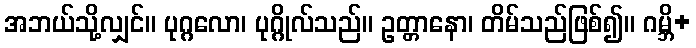
အဘယ်သို့လျှင်။ ပုဂ္ဂလော၊ ပုဂ္ဂိုလ်သည်။ ဥတ္တာနော၊ တိမ်သည်ဖြစ်၍။ ဂမ္ဘိ+